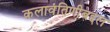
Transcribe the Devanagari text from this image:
कलावंतिणीबद्दल